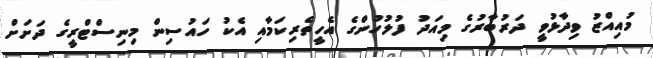
މުއިއްޒު ވިދާޅުވީ ދަރުބާރުގެ މިއަދު ފުލުހުންގެ އެހީތެރިކަމާއި އެކު ހައުސިން މިނިސްޓްރީގެ ދަށަށް